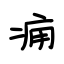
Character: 痈